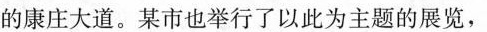
的康庄大道。某市也举行了以此为主题的展览，